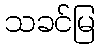
သခင်မြ